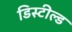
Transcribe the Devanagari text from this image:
डिस्टील्ड